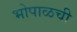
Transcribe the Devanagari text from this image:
भोपाळची